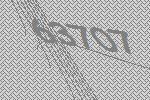
63707